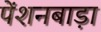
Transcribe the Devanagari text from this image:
पेंशनबाड़ा